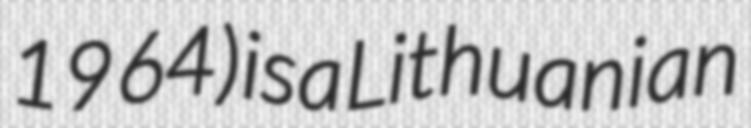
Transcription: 1964) is a Lithuanian